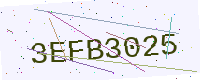
Text: 3EFB3025